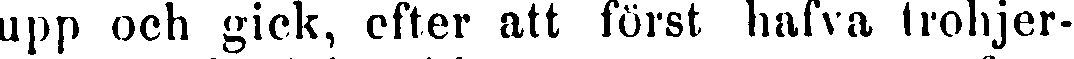
upp och gick, efter att först hafva trohjer-